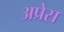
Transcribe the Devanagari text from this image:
अप्रेस